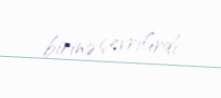
birinə çevrilirdi.